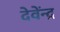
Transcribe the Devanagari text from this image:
देवेंन्द्र